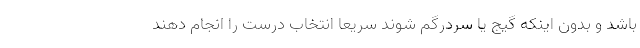
باشد و بدون اینکه گیج یا سردرگم شوند سریعا انتخاب درست را انجام دهند